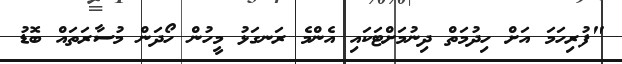
"ފުރިހަމަ އަށް ހިދުމަތް ދިނުމަށްޓަކައި އެންމެ ރަނގަޅު މީހުން ހޯދަން މުސާރަތައް ބޮޑު